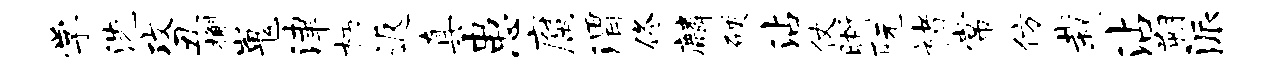
学洗攻丑槲嵬津朽返真患腐渭佟麟硬沾仗晰阮褚常仿栽沾朔派